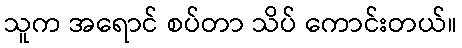
သူက အရောင် စပ်တာ သိပ် ကောင်းတယ်။